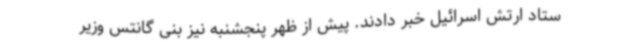
ستاد ارتش اسرائیل خبر دادند. پیش از ظهر پنجشنبه نیز بنی گانتس وزیر